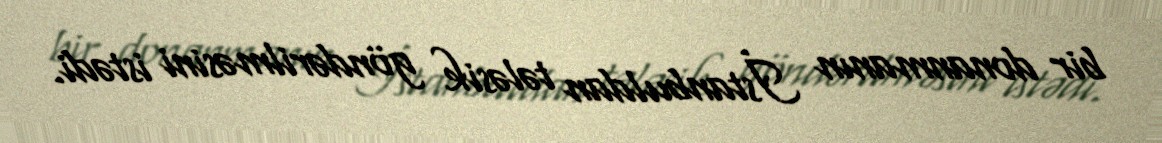
bir donanmanın İstanbuldan tələsik göndərilməsini istədi.